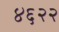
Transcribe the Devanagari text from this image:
४६२२